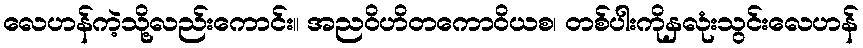
လေဟန်ကဲ့သို့လည်းကောင်း။ အညဝိဟိတကောဝိယစ၊ တစ်ပါးကိုနှလုံးသွင်းလေဟန်